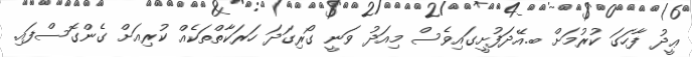
ޢީދު ފާހަގަ ކުރުމަށް ބ.އޭދަފުށީގައިވެސް މިއަދު ވަނީ ގޯރިގަދަ ހަރަކާތްތަކެއް ކުރިއަށް ގެންގޮސްފައި.